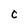
Character: 0